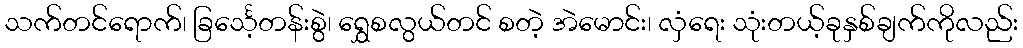
သက်တင်ရောက်၊ ခြင်္သေ့တန်းစွဲ၊ ရွှေစလွယ်တင် စတဲ့ အဲမောင်း၊ လှံရေး သုံးတယ့်ခုနှစ်ချက်ကိုလည်း